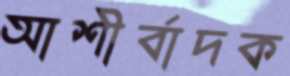
আশীর্বাদক